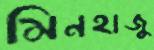
মিনহাজু